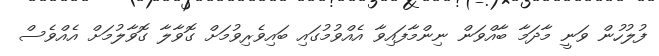
ފުލުހުން ވަނީ މާދަމާ ބާއްވަން ނިންމާފައިވާ އެއްވުމުގައި ބައިވެރިވުމަށް ގޮވާލާ ގޮވާލުމަށް އެއްވެސް